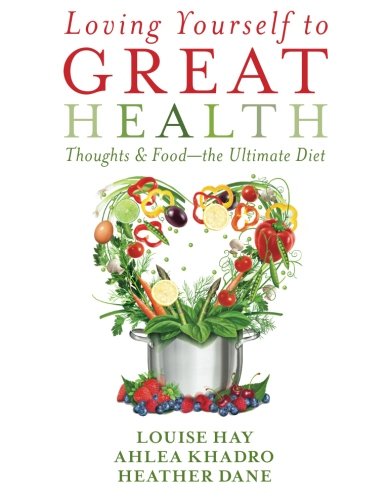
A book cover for Loving Yourself to Great Health: Thoughts & Food?The Ultimate Diet; Louise Hay; Self-Help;